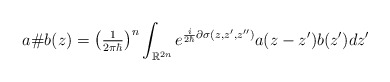
\begin{align*}a\#b(z)=\left( \tfrac{1}{2\pi\hbar}\right) ^{n}\int_{\mathbb{R}^{2n}}e^{\frac{i}{2\hbar}\partial\sigma(z,z^{\prime},z^{\prime\prime})}a(z-z^{\prime})b(z^{\prime})dz^{\prime} \end{align*}